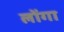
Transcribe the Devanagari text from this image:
लोंगा